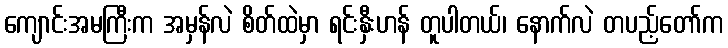
ကျောင်းအမကြီးက အမှန်လဲ စိတ်ထဲမှာ ရင်းနှီးဟန် တူပါတယ်၊ နောက်လဲ တပည့်တော်က